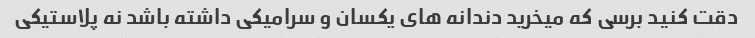
دقت کنید برسی که میخرید دندانه های یکسان و سرامیکی داشته باشد نه پلاستیکی